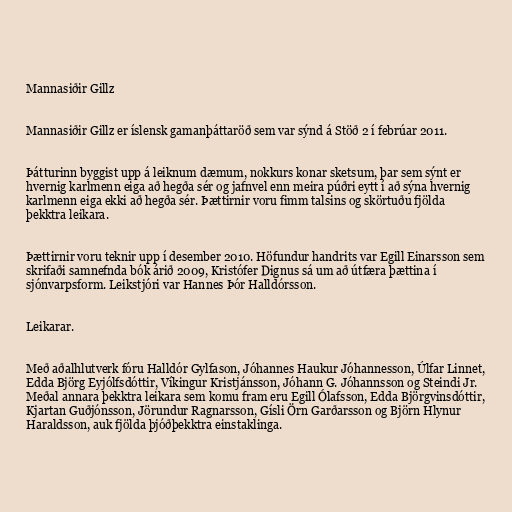
Mannasiðir Gillz

Mannasiðir Gillz er íslensk gamanþáttaröð sem var sýnd á Stöð 2 í febrúar 2011.

Þátturinn byggist upp á leiknum dæmum, nokkurs konar sketsum, þar sem sýnt er
hvernig karlmenn eiga að hegða sér og jafnvel enn meira púðri eytt í að sýna hvernig
karlmenn eiga ekki að hegða sér. Þættirnir voru fimm talsins og skörtuðu fjölda
þekktra leikara.

Þættirnir voru teknir upp í desember 2010. Höfundur handrits var Egill Einarsson sem
skrifaði samnefnda bók árið 2009, Kristófer Dignus sá um að útfæra þættina í
sjónvarpsform. Leikstjóri var Hannes Þór Halldórsson.

Leikarar.

Með aðalhlutverk fóru Halldór Gylfason, Jóhannes Haukur Jóhannesson, Úlfar Linnet,
Edda Björg Eyjólfsdóttir, Víkingur Kristjánsson, Jóhann G. Jóhannsson og Steindi Jr.
Meðal annara þekktra leikara sem komu fram eru Egill Ólafsson, Edda Björgvinsdóttir,
Kjartan Guðjónsson, Jörundur Ragnarsson, Gísli Örn Garðarsson og Björn Hlynur
Haraldsson, auk fjölda þjóðþekktra einstaklinga.